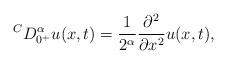
\begin{align*}{}^C D^\alpha_{0^+}u(x,t)=\frac{1}{2^{\alpha}}\frac{\partial^2}{\partial x^2}u(x,t),\end{align*}